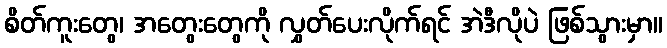
စိတ်ကူးတွေ၊ အတွေးတွေကို လွှတ်ပေးလိုက်ရင် အဲဒီလိုပဲ ဖြစ်သွားမှာ။